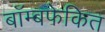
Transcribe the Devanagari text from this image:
बॉम्बफेकित